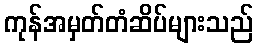
ကုန်အမှတ်တံဆိပ်များသည်